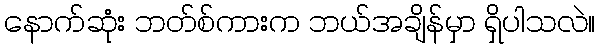
နောက်ဆုံး ဘတ်စ်ကားက ဘယ်အချိန်မှာ ရှိပါသလဲ။